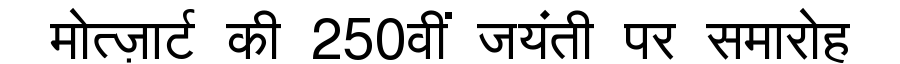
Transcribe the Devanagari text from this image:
मोत्ज़ार्ट की 250वीं जयंती पर समारोह